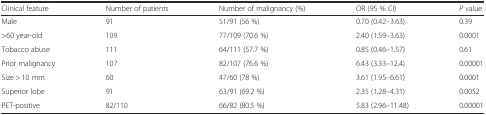
<table><thead><tr><td><b>Clinical feature</b></td><td><b>Number of patients</b></td><td><b>Number of malignancy (%)</b></td><td><b>OR (95 % CI)</b></td><td><b><i>P</i> value</b></td></tr></thead><tbody><tr><td>Male</td><td>91</td><td>51/91 (56 %)</td><td>0.70 (0.42–3.63)</td><td>0.39</td></tr><tr><td>&gt;60 year-old</td><td>109</td><td>77/109 (70.6 %)</td><td>2.40 (1.59–3.63)</td><td>0.0001</td></tr><tr><td>Tobacco abuse</td><td>111</td><td>64/111 (57.7 %)</td><td>0.85 (0.46–1.57)</td><td>0.61</td></tr><tr><td>Prior malignancy</td><td>107</td><td>82/107 (76.6 %)</td><td>6.43 (3.33–12.4)</td><td>0.00001</td></tr><tr><td>Size &gt; 10 mm</td><td>60</td><td>47/60 (78 %)</td><td>3.61 (1.95–6.61)</td><td>0.0001</td></tr><tr><td>Superior lobe</td><td>91</td><td>63/91 (69.2 %)</td><td>2.35 (1.28–4.31)</td><td>0.0052</td></tr><tr><td>PET-positive</td><td>82/110</td><td>66/82 (80.5 %)</td><td>5.83 (2.96–11.48)</td><td>0.00001</td></tr></tbody></table>